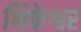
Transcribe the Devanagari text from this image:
भिकेश्वर